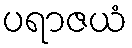
ပရာဇယံ